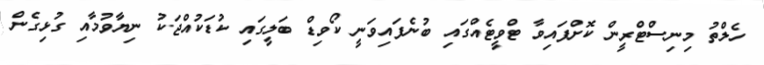
ހެލްތު މިނިސްޓްރީން ކޮށްފައިވާ ޓްވީޓެއްގައި ބުނެފައިވަނީ ކޯވިޑް ބަލީގައި ކުޑަކުއްޖަކު ނިޔާވުމާއި ގުޅިގެން